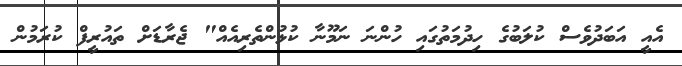
އެއީ އަބަދުވެސް ކުލަބުގެ ހިދުމަތުގައި ހުންނަ ނަމޫނާ ކުޅުންތެރިއެއް" ޖެރާޑަށް ތައުރީފް ކުރަމުން